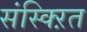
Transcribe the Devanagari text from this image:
संस्क्ऱित